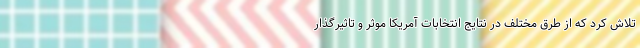
تلاش کرد که از طرق مختلف در نتایج انتخابات آمریکا موثر و تاثیرگذار